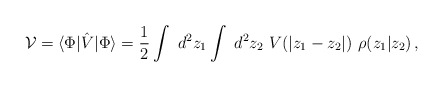
\begin{align*}{\cal V} = \langle \Phi|\hat V |\Phi\rangle = \frac{1}{2} \int {\ d^2 z_1 } \int {\ d^2 z_2}~ V(|z_1-z_2|) ~ \rho (z_1 | z_2)\,,\end{align*}